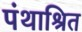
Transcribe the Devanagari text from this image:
पंथाश्रित